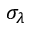
\sigma _ { \lambda }